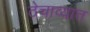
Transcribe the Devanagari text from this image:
ठेचाव्यात